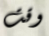
وقت